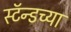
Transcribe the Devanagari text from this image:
स्टॅन्डच्या